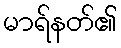
မာရ်နတ်၏